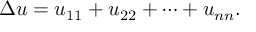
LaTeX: \Delta u = u _ { 1 1 } + u _ { 2 2 } + \cdots + u _ { n n } .